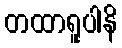
တထာရူပါနိ